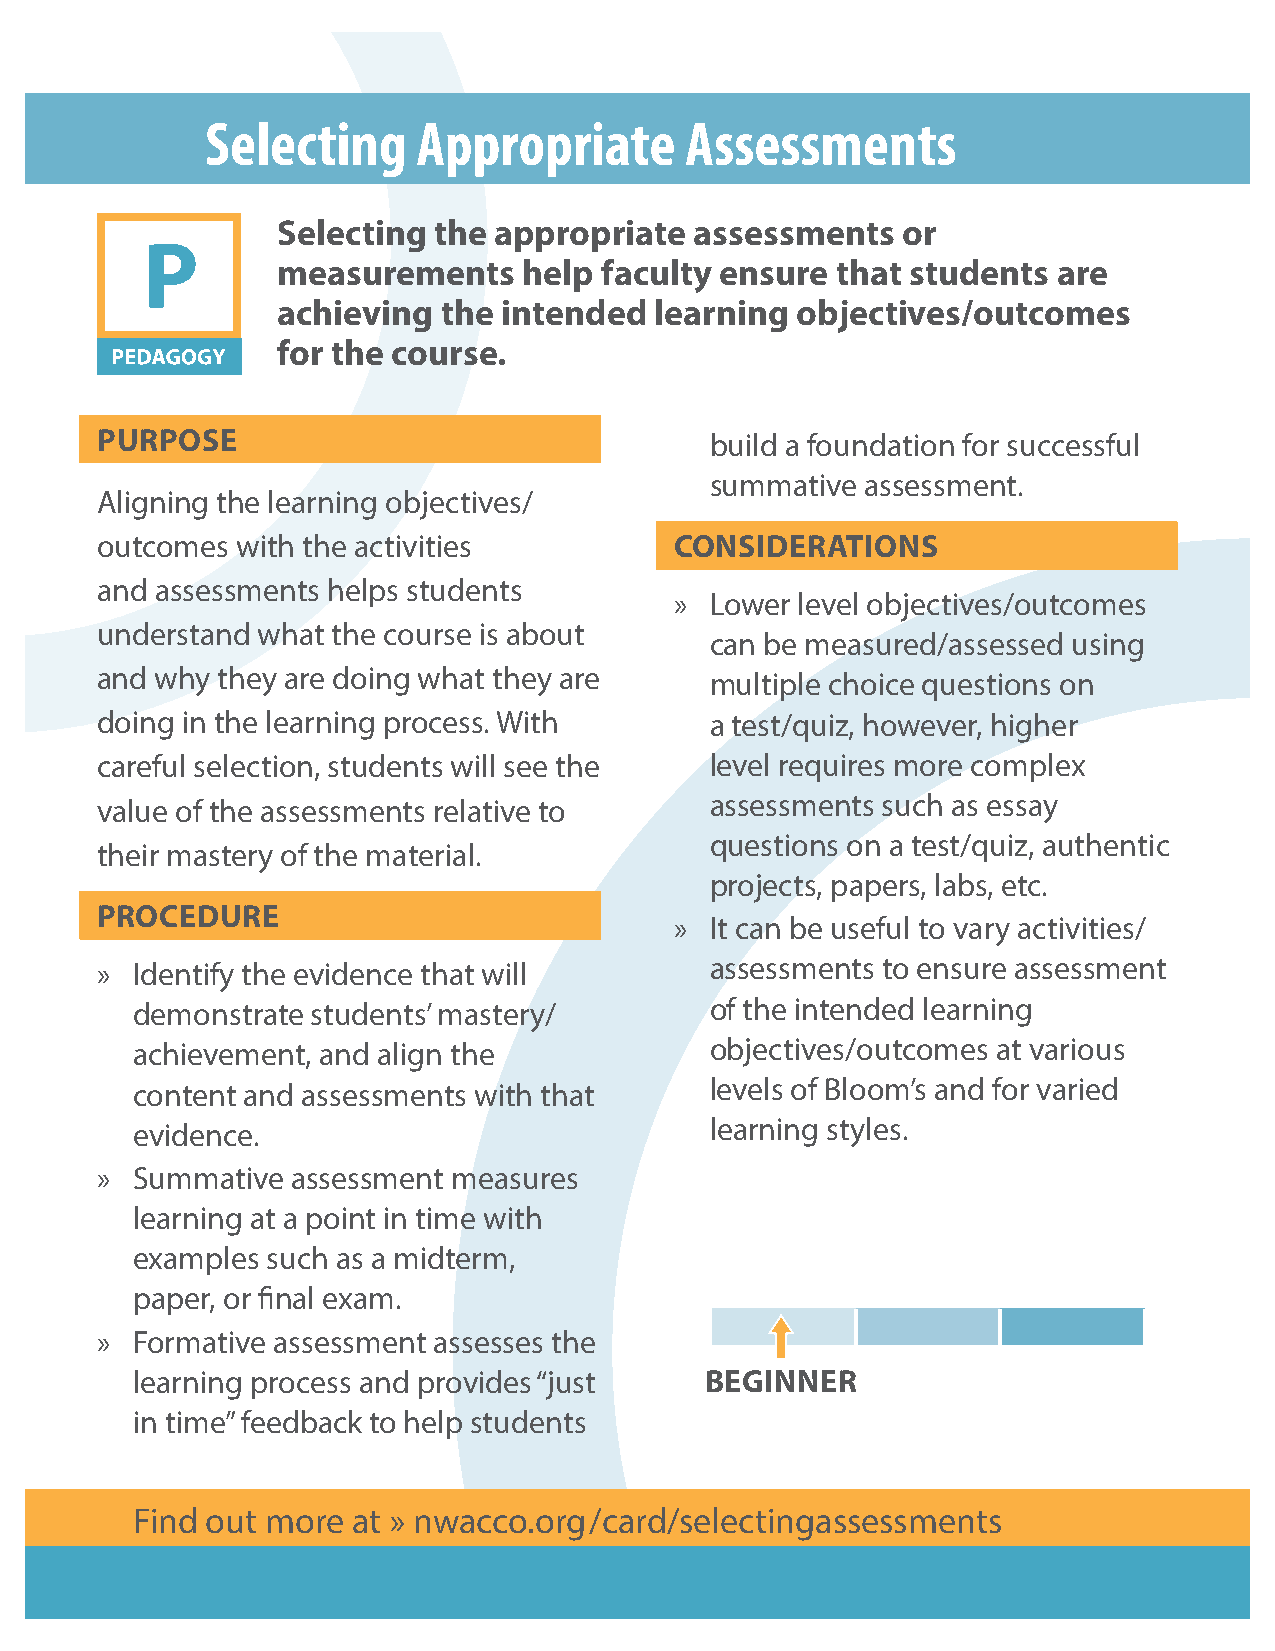
Selecting     Appropriate      Assessments
 Selecting  the appropriate  assessments   or
 measurements     help faculty ensure that students  are
 achieving  the intended  learning  objectives/outcomes
 for the course.
 PURPOSE                                  build a foundation for successful
 summative assessment.
 Aligning the learning objectives/
 outcomes  with the activities          CONSIDERATIONS
 and assessments helps students
 » Lower level objectives/outcomes
 understand what the course is about
 can be measured/assessed using
 and why they are doing what they are     multiple choice questions on
 doing in the learning process. With      a test/quiz, however, higher
 careful selection, students will see the level requires more complex
 value of the assessments relative to     assessments such as essay
 questions on a test/quiz, authentic
 their mastery of the material.
 projects, papers, labs, etc.
 PROCEDURE
 » It can be useful to vary activities/
 »  Identify the evidence that will       assessments to ensure assessment
 demonstrate students’ mastery/        of the intended learning
 achievement, and align the            objectives/outcomes at various
 content and assessments with that     levels of Bloom’s and for varied
 evidence.                             learning styles.
 »  Summative assessment measures
 learning at a point in time with
 examples such as a midterm,
 paper, or final exam.
 »  Formative assessment assesses the
 learning process and provides “just   BEGINNER
 in time” feedback to help students
 FFiinndd mouotr me aotr e» antw »a nccwoa.occrgo./ocragrd/c/ard/selectingassessments